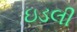
ઇડલી